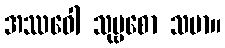
အဿဝေါ သုဗ္ဗစော သမာ။